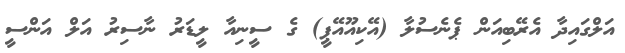
އަލްގައިދާ އެރޭބިއަން ޕެނެސުލާ (އޭކިއޫއޭޕީ) ގެ ސީނިއާ ލީޑަރު ނާސިރު އަލް އަންސީ